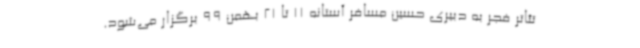
تئاتر فجر به دبیری حسین مسافر آستانه 11 تا 21 بهمن 99 برگزار می‌شود.